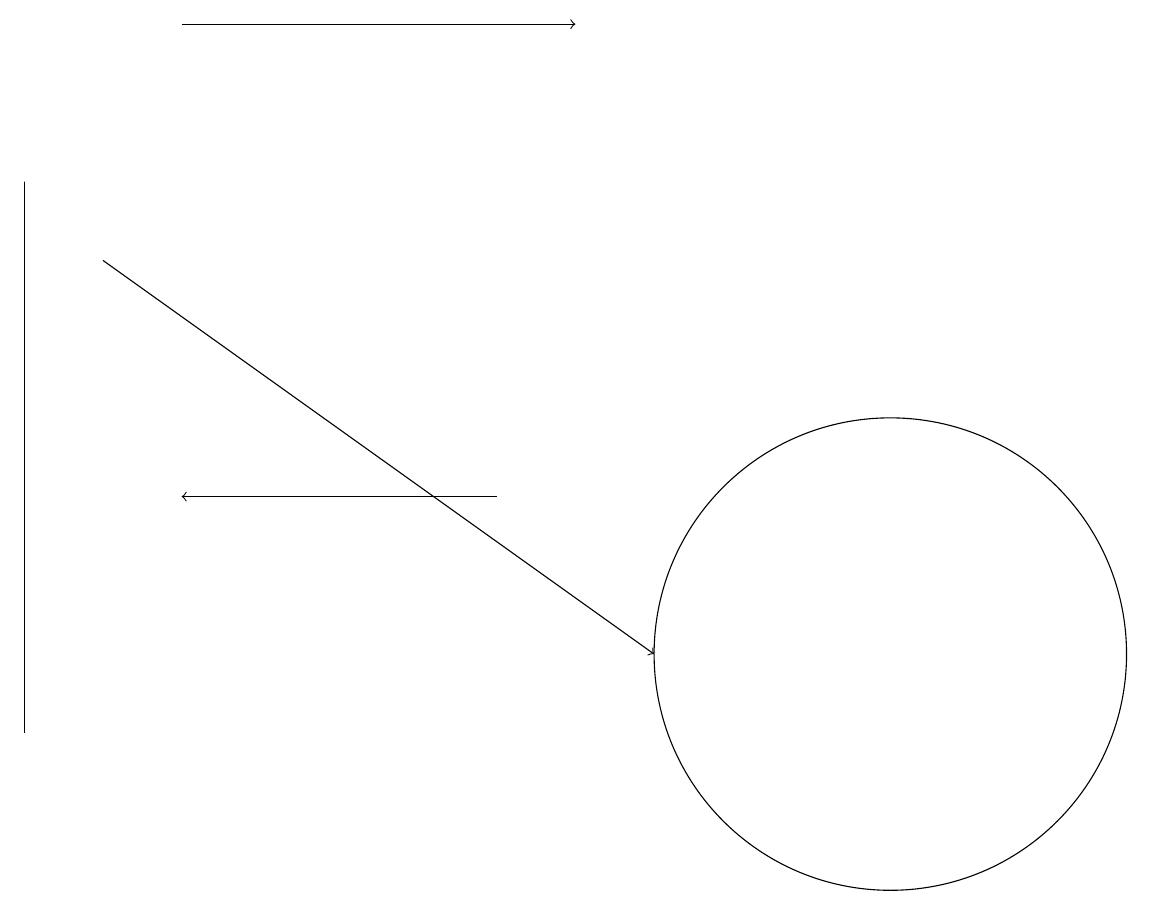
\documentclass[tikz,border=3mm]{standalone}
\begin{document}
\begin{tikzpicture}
\draw (11,10) circle (0);
\draw (11,11) circle (3);
\draw (0,10) rectangle (0,17);
\draw[->] (6,13) -- (2,13);
\draw[->] (1,16) -- (8,11);
\draw[->] (2,19) -- (7,19);
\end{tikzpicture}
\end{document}